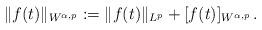
LaTeX: \begin{align*}\|f(t)\|_{W^{\alpha,p}} := \|f(t)\|_{L^p}+[f(t)]_{W^{\alpha,p}} \, .\end{align*}